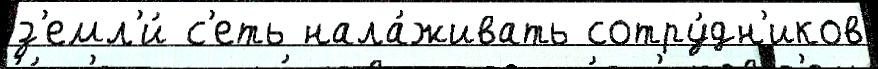
з'емл'и́ с'еть нала́живать сотру́дн'иков